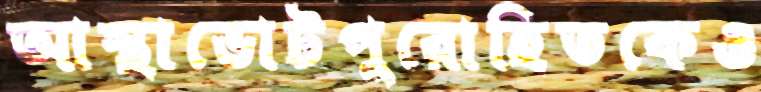
আস্থাভোটপুরোহিতকেও